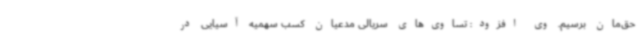
حق‌مان برسیم. وی افزود: تساوی‌های سریالی مدعیان کسب سهمیه آسیایی در